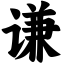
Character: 谦